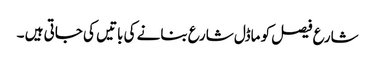
شارع فیصل کو ماڈل شارع بنانے کی باتیں کی جاتی ہیں ۔